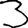
Digit: 3